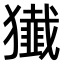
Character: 𤢷